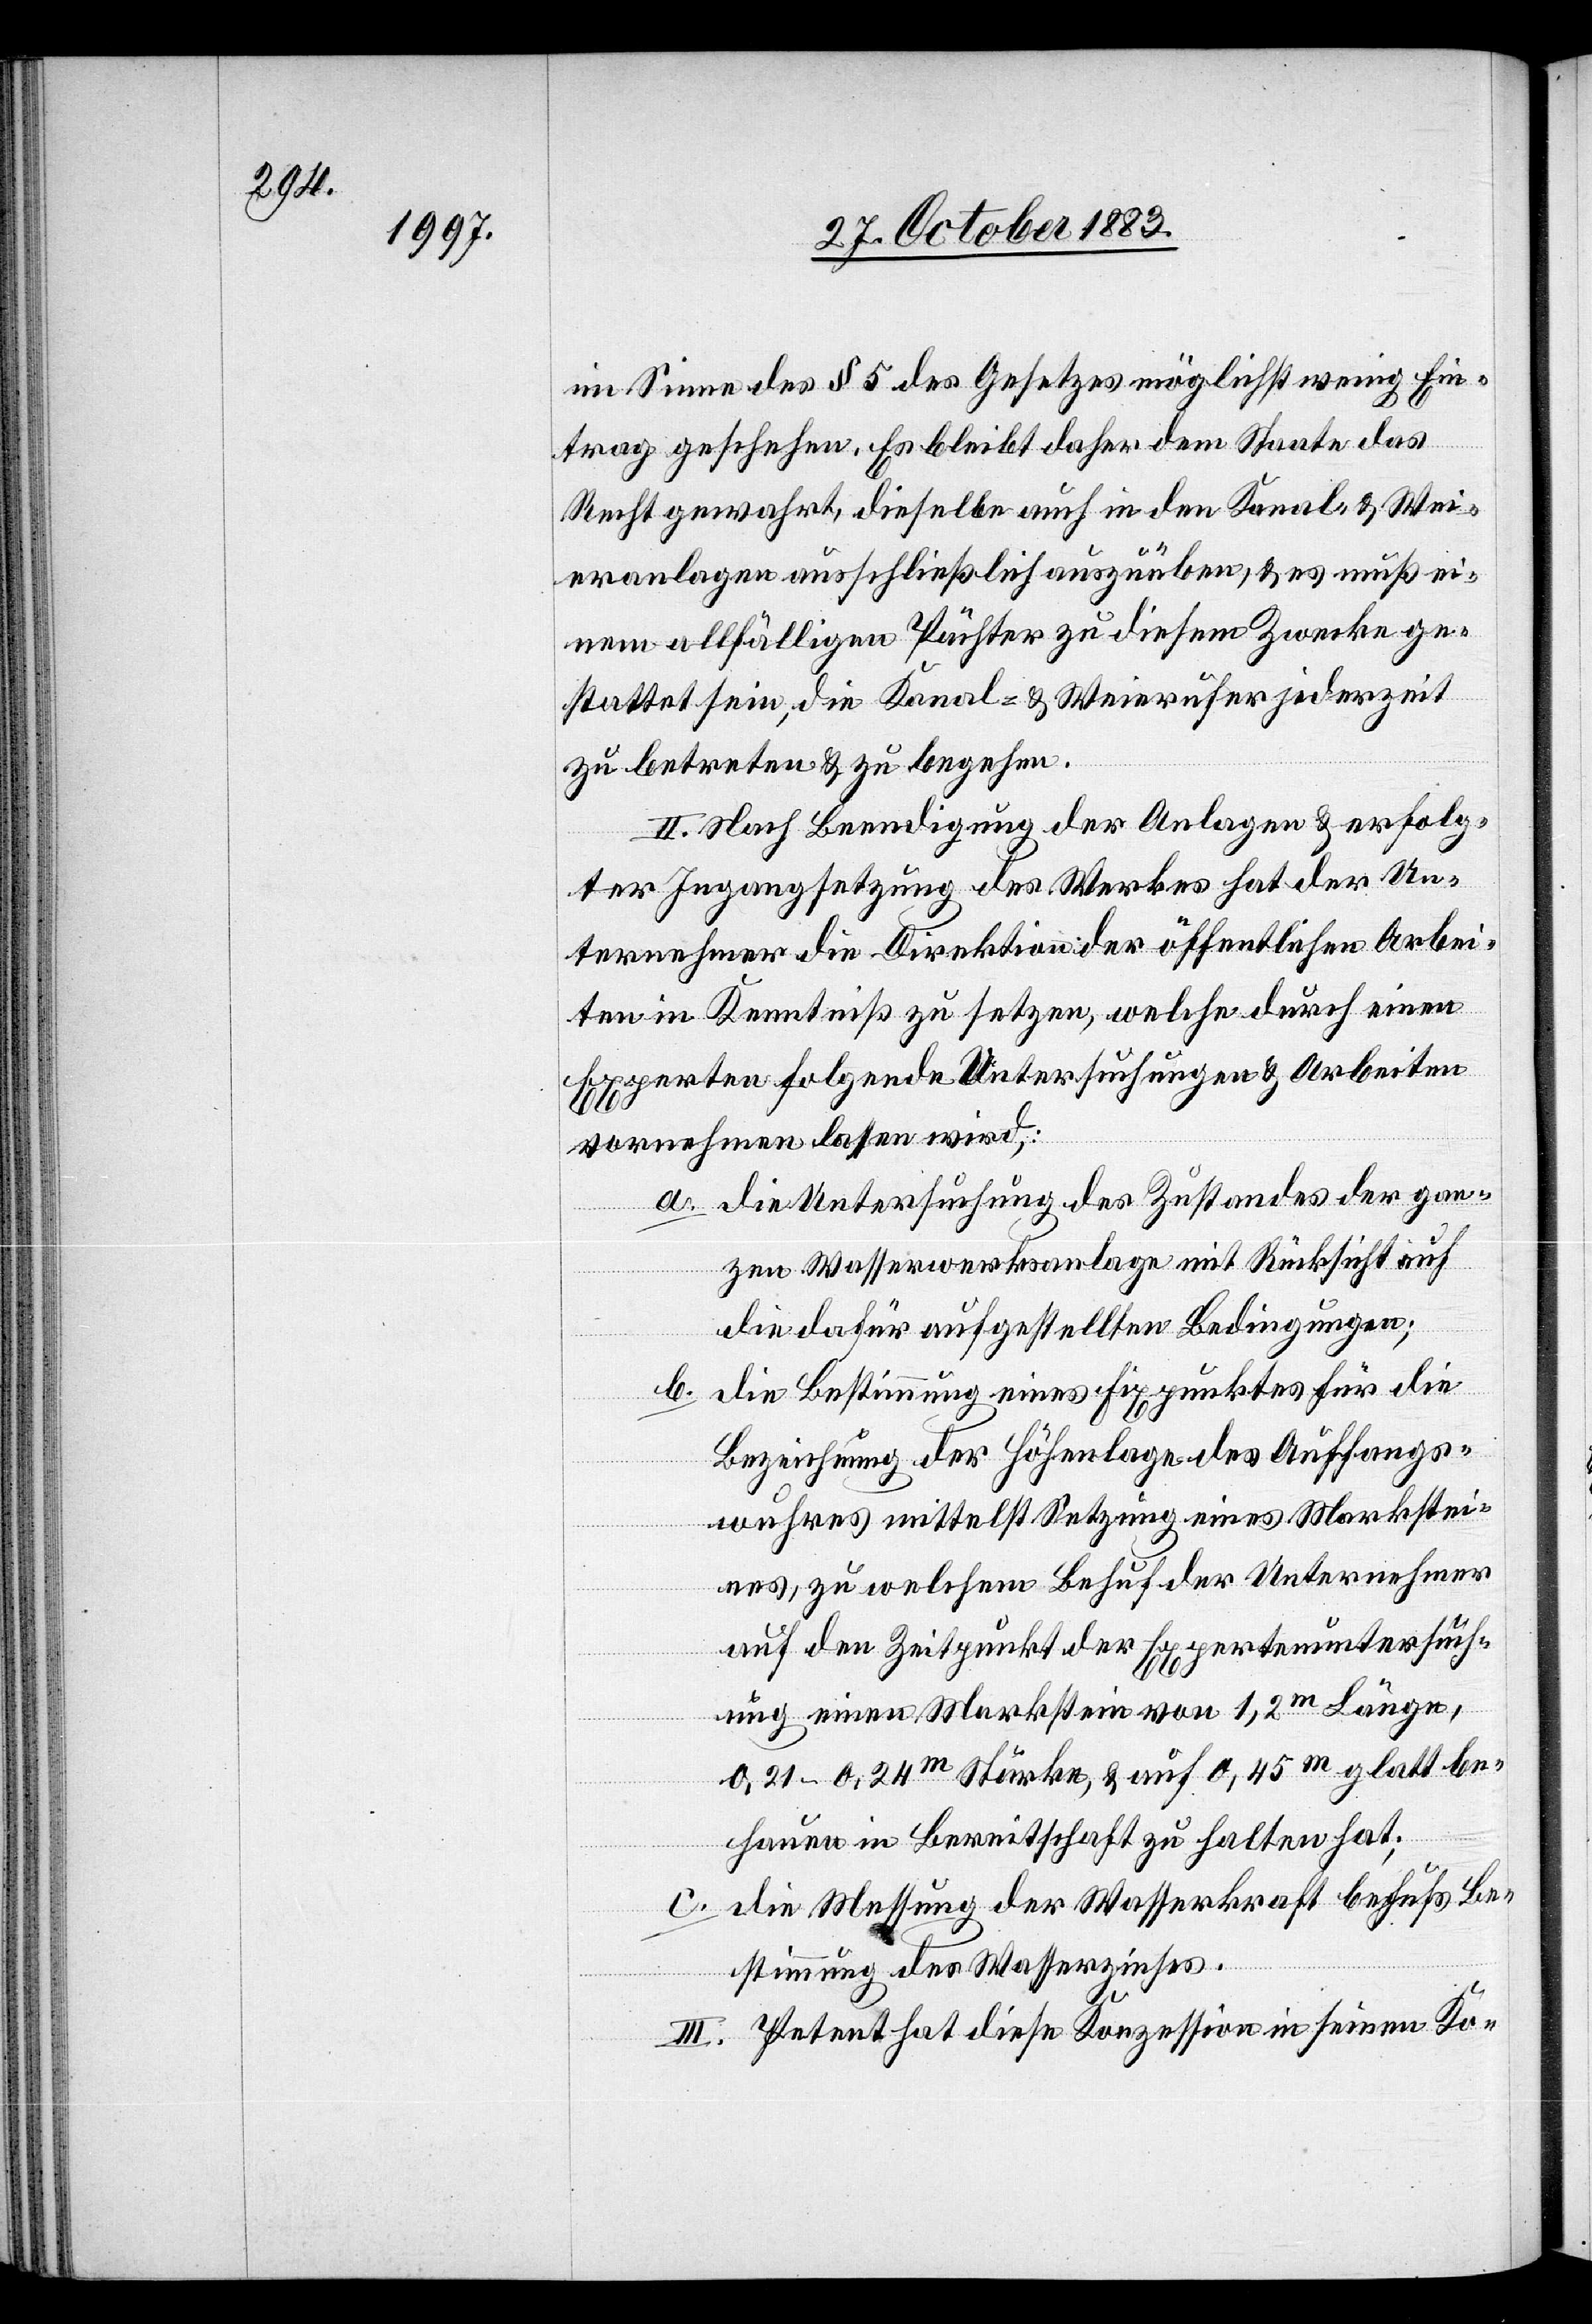
im Sinne des § 5 des Gesetzes möglichst wenig Ein¬
trag geschehen. Es bleibt daher dem Staate das
Recht gewahrt, dieselbe auch in den Kanal- & Wei¬
eranlagen ausschließlich auszuüben, & es muß ei¬
nem allfälligen Pächter zu diesem Zwecke ge¬
stattet sein, die Kanal- & Weierufer jederzeit
zu betreten & zu begehen.
II. Nach Beendigung der Anlagen & erfolg¬
ter Ingangsetzung des Werkes hat der Un¬
ternehmer die Direktion der öffentlichen Arbei¬
ten in Kenntniß zu setzen, welche durch einen
Experten folgende Untersuchungen & Arbeiten
vornehmen lassen wird:
a. die Untersuchung des Zustandes der gan¬
zen Wasserwerksanlage mit Rücksicht auf
die dafür aufgestellten Bedingungen;
b.
die Bestimmung eines Fixpunktes für die
Bezeichnung der Höhenlage des Auffangs¬
wuhres mittelst Setzung eines Markstei¬
nes, zu welchem Behuf der Unternehmer
auf den Zeitpunkt der Expertenuntersuch¬
ung einen Markstein von 1,2 m Länge,
0,21–0,24 m Stärke, & auf 0,45 m glatt be¬
hauen in Bereitschaft zu halte hat;
c. die Messung der Wasserkraft behufs Be¬
stimmung des Wasserzinses.
III. Petent hat diese Konzession in seinen Ko-